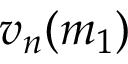
v _ { n } ( m _ { 1 } )